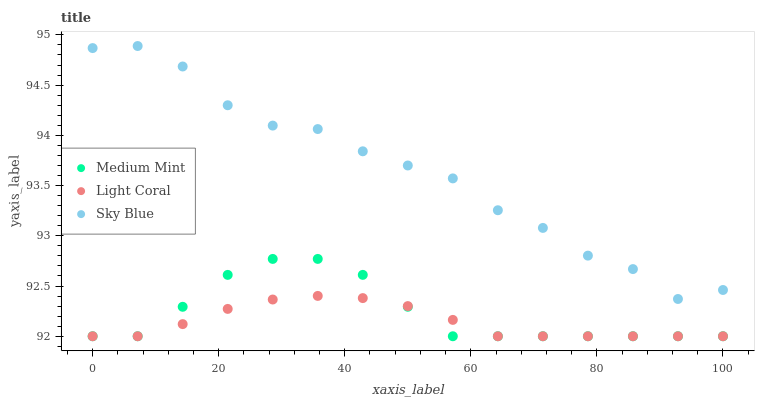
| xaxis_label | Medium Mint | Light Coral | Sky Blue |
 | --- | --- | --- | --- |
 | 0 | 92 | 92 | 94.9 |
 | 7.14 | 92 | 92 | 94.9 |
 | 14.3 | 92.3 | 92.1 | 94.7 |
 | 21.4 | 92.6 | 92.3 | 94.3 |
 | 28.6 | 92.8 | 92.4 | 94.1 |
 | 35.7 | 92.8 | 92.4 | 94.1 |
 | 42.9 | 92.6 | 92.4 | 93.8 |
 | 50 | 92.3 | 92.3 | 93.7 |
 | 57.1 | 92 | 92.2 | 93.6 |
 | 64.3 | 92 | 92 | 93.3 |
 | 71.4 | 92 | 92 | 93.1 |
 | 78.6 | 92 | 92 | 92.8 |
 | 85.7 | 92 | 92 | 92.7 |
 | 92.9 | 92 | 92 | 92.4 |
 | 100 | 92 | 92 | 92.5 |